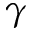
\gamma